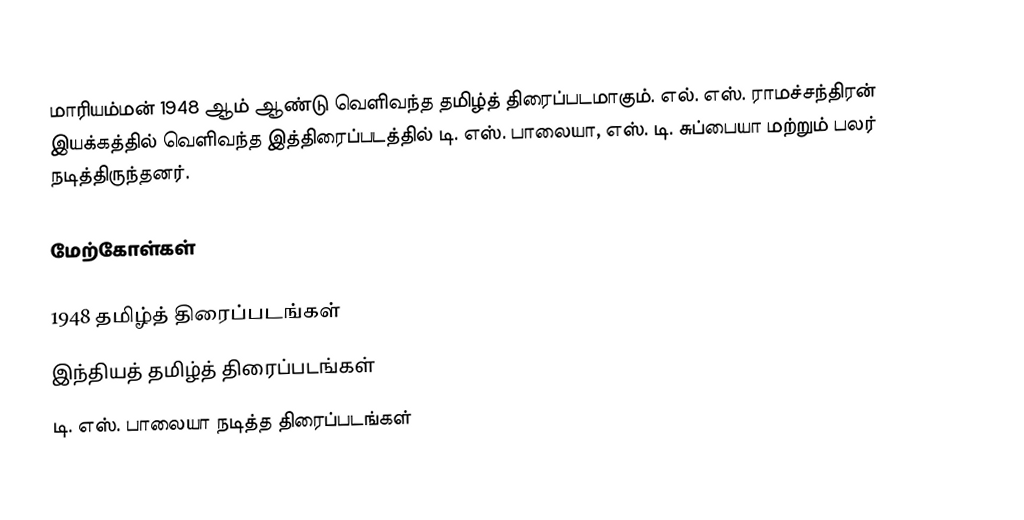
மாரியம்மன் 1948 ஆம் ஆண்டு வெளிவந்த தமிழ்த் திரைப்படமாகும். எல். எஸ். ராமச்சந்திரன் இயக்கத்தில் வெளிவந்த இத்திரைப்படத்தில் டி. எஸ். பாலையா, எஸ். டி. சுப்பையா மற்றும் பலர் நடித்திருந்தனர்.

மேற்கோள்கள்

1948 தமிழ்த் திரைப்படங்கள்
இந்தியத் தமிழ்த் திரைப்படங்கள்
டி. எஸ். பாலையா நடித்த திரைப்படங்கள்